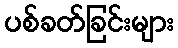
ပစ်ခတ်ခြင်းများ